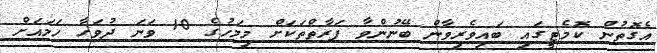
އެގޮތުން ކޮމެޓީގައި ބައިވެރިވާން ބޭނުންވާ ފަރާތްތަކަށް މިމަހުގެ 10 ވަނަ ދުވަހާ ހަމައަށް